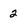
Character: 2